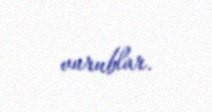
vurublar.